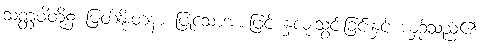
သတ္တဝါတို့၌ မြတ်နိုးတနာ ပြုသောအားဖြင့် နှလုံးသွင်းခြင်းနှင့် ယှဉ်သည်၏